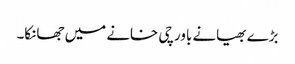
بڑے بھیانے باورچی خانے میں جھانکا۔